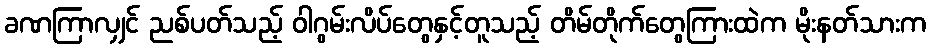
ခဏကြာလျှင် ညစ်ပတ်သည့် ဝါဂွမ်းလိပ်တွေနှင့်တူသည့် တိမ်တိုက်တွေကြားထဲက မိုးနတ်သားက